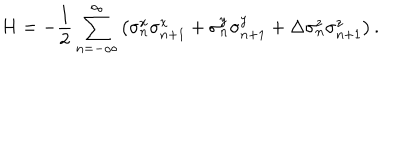
LaTeX: H = - \frac { 1 } { 2 } \sum _ { n = - \infty } ^ { \infty } \left( \sigma _ { n } ^ { x } \sigma _ { n + 1 } ^ { x } + \sigma _ { n } ^ { y } \sigma _ { n + 1 } ^ { y } + \Delta \sigma _ { n } ^ { z } \sigma _ { n + 1 } ^ { z } \right) .